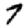
Digit: 7